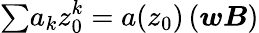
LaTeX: {\textstyle\sum}a_{k}z_{0}^{k}=a(z_{0})\, ({\boldsymbol{wB}})